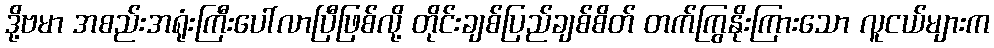
ဒို့ဗမာ အစည်းအရုံးကြီးပေါ်လာပြီဖြစ်လို့ တိုင်းချစ်ပြည်ချစ်စိတ် တက်ကြွနိုးကြားသော လူငယ်များက